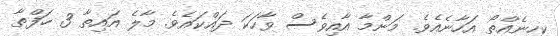
ކިހިނެއްތޯ އަހާނެއެވެ. މަންމާ އާއިވެސް ވާހަކަ ދައްކައެވެ. މާލެ އައިތާ 3 ހަފްތާ